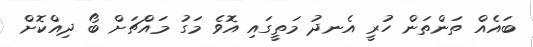
ބައެއް ތަންތަން ހުރީ އެނދު މަތީގައި އޮވެ މަގު މައްޗަށް ބޯ ދިއްކޮށް